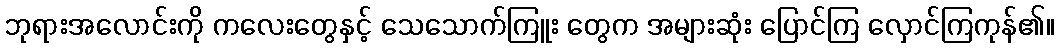
ဘုရားအလောင်းကို ကလေးတွေနှင့် သေသောက်ကြူး တွေက အများဆုံး ပြောင်ကြ လှောင်ကြကုန်၏။